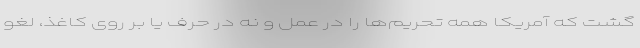
گشت که آمریکا همه تحریم‌ها را در عمل و نه در حرف یا بر روی کاغذ، لغو